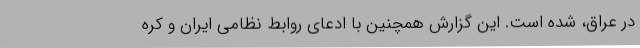
در عراق، شده است. این گزارش همچنین با ادعای روابط نظامی ایران و کره